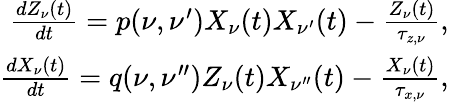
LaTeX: \begin{array}{r}{\frac{dZ_{\nu}(t)}{dt}=p(\nu,\nu^{\prime})X_{\nu}(t)X_{\nu^{\prime}}(t)-\frac{Z_{\nu}(t)}{\tau_{z,\nu}},}\\ {\frac{dX_{\nu}(t)}{dt}=q(\nu,\nu^{\prime\prime})Z_{\nu}(t)X_{\nu^{\prime\prime}}(t)-\frac{X_{\nu}(t)}{\tau_{x,\nu}},}\end{array}